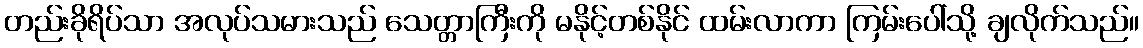
တည်းခိုရိပ်သာ အလုပ်သမားသည် သေတ္တာကြီးကို မနိုင့်တစ်နိုင် ထမ်းလာကာ ကြမ်းပေါ်သို့ ချလိုက်သည်။